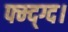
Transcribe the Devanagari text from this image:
फ्म्द्ग्द।